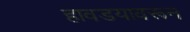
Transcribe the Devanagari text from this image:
हावडयावरून